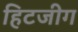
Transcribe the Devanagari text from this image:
हिटजीग